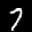
Label: 7